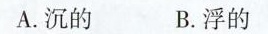
A. 沉的 B. 浮的